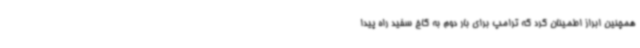
همچنین ابراز اطمینان کرد که ترامپ برای بار دوم به کاخ سفید راه پیدا